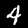
Digit: 4